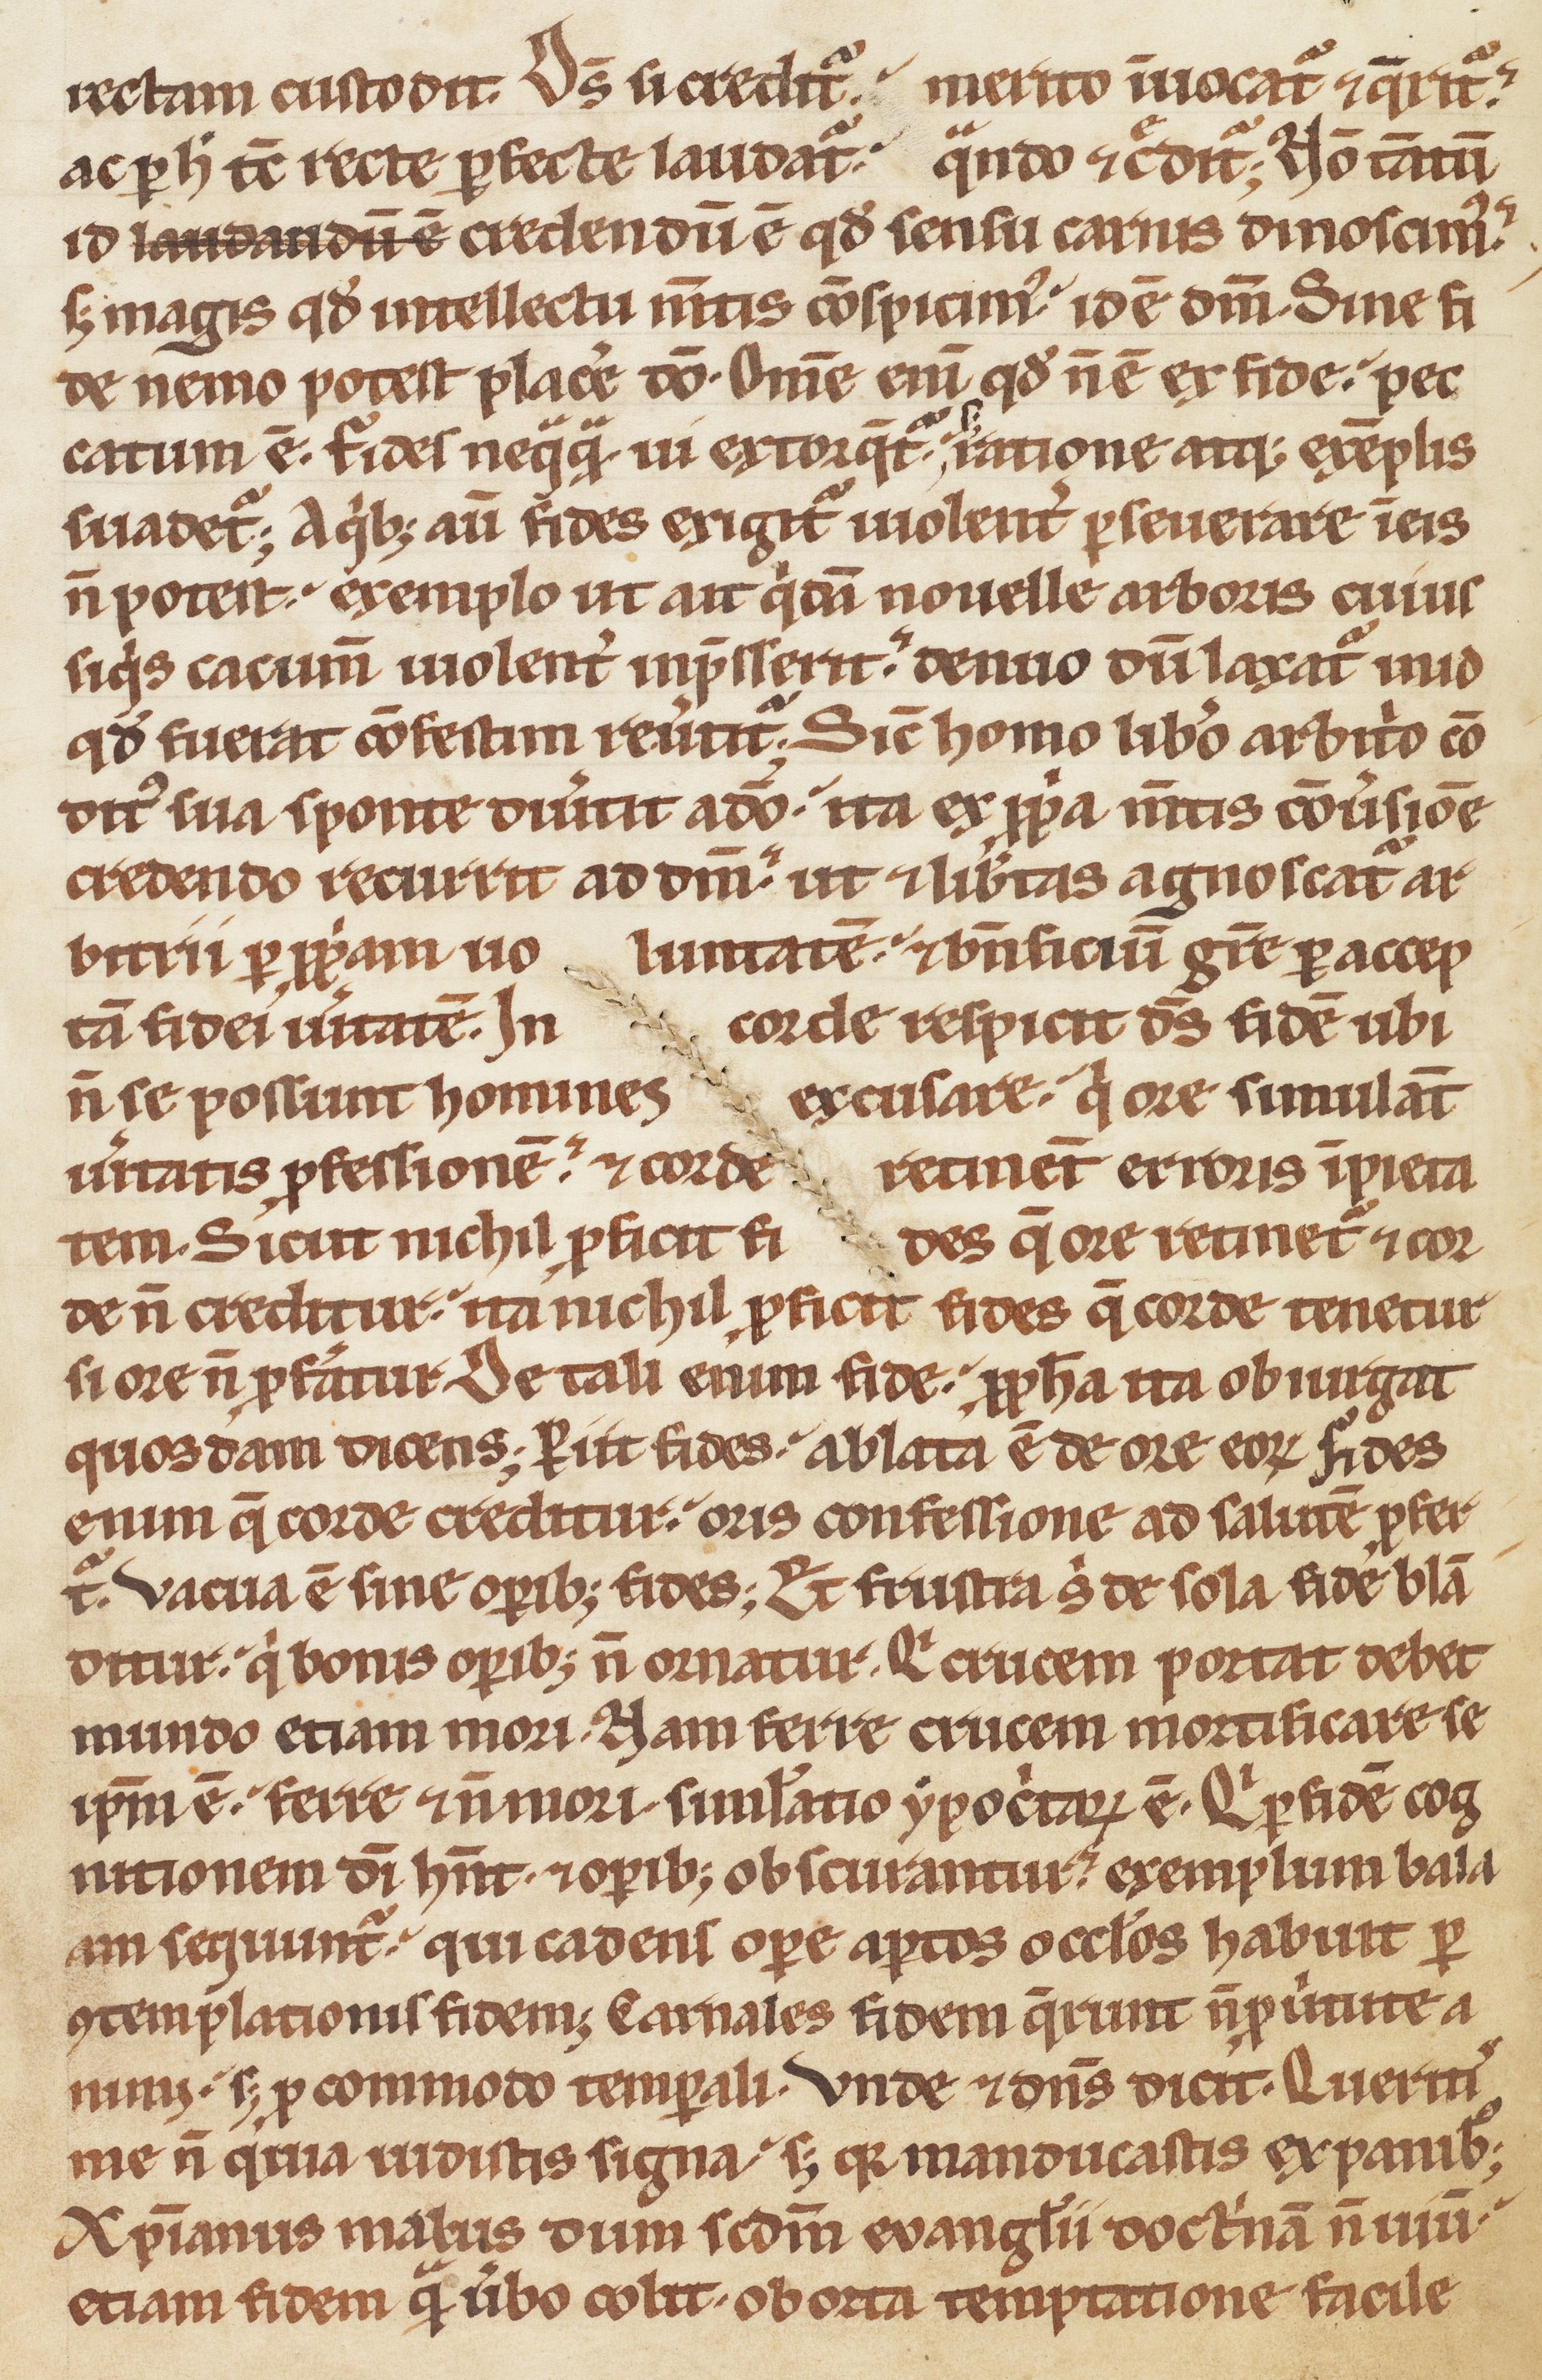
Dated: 1170–1199